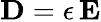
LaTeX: \mathbf{D}={\epsilon}\, \mathbf{E}